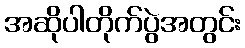
အဆိုပါတိုက်ပွဲအတွင်း